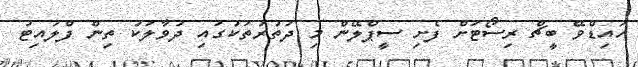
ހައިޑްވޭ ބީޗް ރިސޯޓަށް ފެށި ސީޕްލޭން މި ދަތުރުތަކުގައި ދުވާލަކު ތިން ފްލައިޓު